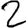
Digit: 2